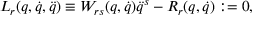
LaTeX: L _ { r } ( q , \dot { q } , \ddot { q } ) \equiv W _ { r s } ( q , \dot { q } ) \ddot { q } ^ { s } - R _ { r } ( q , \dot { q } ) : = 0 ,